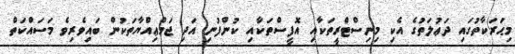
މިޙަރަކާތުގައި ދަޢުލަތުގެ އެކި މިނިސްޓްރީތަކާއި އޮފީސްތަކާއި ކުންފުނި އަދި ޖަމްޢިއްޔާތަކުން ބައިވެރިވެ މަސައްކަތް